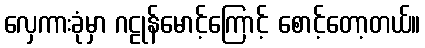
လှေကားခုံမှာ ဂဠုန်မောင့်ကြောင့် စောင့်တော့တယ်။